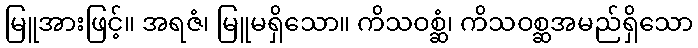
မြူအားဖြင့်။ အရဇံ၊ မြူမရှိသော။ ကိသဝစ္ဆံ၊ ကိသဝစ္ဆအမည်ရှိသော